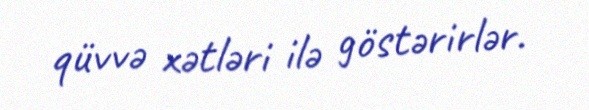
qüvvə xətləri ilə göstərirlər.